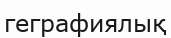
геграфиялық